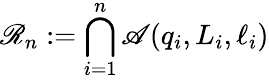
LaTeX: \mathscr{R}_{n}:=\bigcap_{i=1}^{n}\mathscr{A}\! \left(q_{i},L_{i},\ell_{i}\right)